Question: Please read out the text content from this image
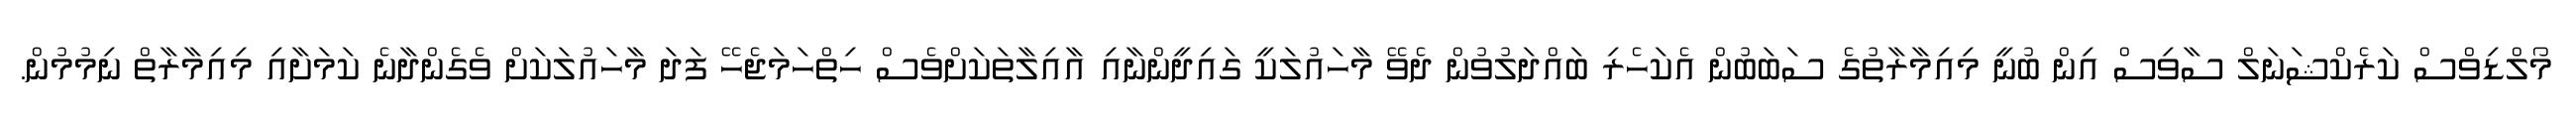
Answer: މޯލްޑިވްސް ކަރެކްޝަނަލް ސާވިސް އިން ބުނީ މިއިމާރާތުގެ ސަބަބުން އެކަހެރި ބައްދަލުވުން ދެވޭ މާހައުލަކީ ގައިދީންނާއި އާއިލާތަކަށްވެސް ހިތްހަމަޖެހޭ ފަދަ މާހައުލަކަށް ވެގެންދާނެ ކަމަށާއި މިއިމާރާތް ނިމުމުން.